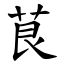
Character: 茛